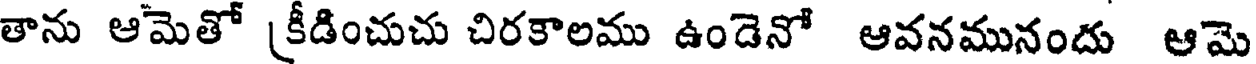
తాను ఆమెతో [కీడించుచు చిరకాలము ఉండెనో ఆవనమునందు ఆమె